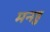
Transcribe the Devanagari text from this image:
मनहु